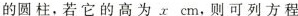
的圆柱，若它的高为xcm，则可列方程。